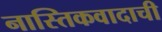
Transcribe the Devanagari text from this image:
नास्तिकवादाची